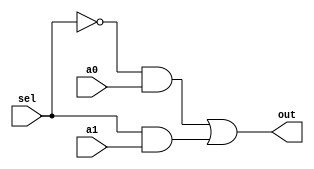
module mux2_1(out, a0, a1, sel);
	output out;
	input a0, a1;
	input sel;
	
	wire w1,w2,w3;
	
	not n1(w1,sel);
	and an1(w2,w1,a0);
	and an2(w3,sel,a1);
	or o1(out,w2,w3);
endmodule


module mux2_1x32(out, a0, a1, sel);
	output wire [31:0] out;
	input [31:0] a0, a1;
	input sel;
	
	genvar i;
	generate 
		for (i=0; i < 32; i=i+1) begin: eachMux
			mux2_1 m21(out[i], a0[i], a1[i], sel);
		end
	endgenerate
endmodule 

module mux4_1x32(out, a0, a1, a2, a3, sel);
	output wire [31:0] out;
	input [31:0] a0, a1, a2, a3;
	input [1:0] sel;
	
	wire [31:0] out0, out1;
	
	mux2_1x32 m1(out0, a0, a1, sel[0]);
	mux2_1x32 m2(out1, a2, a3, sel[0]);
	mux2_1x32 m3(out, out0, out1, sel[1]);
	
endmodule

module mux8_1x32(out, a0, a1, a2, a3 ,a4, a5, a6, a7, sel);
	output wire [31:0] out;
	input [31:0] a0, a1, a2, a3 ,a4, a5, a6, a7;
	input [2:0] sel;
	
	wire [31:0] out0, out1;
	
	mux4_1x32 m1(out0, a0, a1, a2, a3, sel[1:0]);
	mux4_1x32 m2(out1, a4, a5, a6, a7, sel[1:0]);
	mux2_1x32 m3(out, out0, out1, sel[2]);
	
endmodule